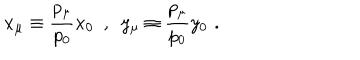
x _ { \mu } \equiv \frac { p _ { \mu } } { p _ { 0 } } x _ { 0 } \, \, \, , \, \, \, y _ { \mu } \equiv \frac { p _ { \mu } } { p _ { 0 } } y _ { 0 } \, \, .